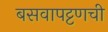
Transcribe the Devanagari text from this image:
बसवापट्टणची